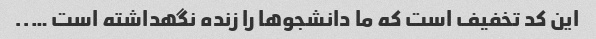
این کد تخفیف است که ما دانشجو‌ها را زنده نگهداشته است …..